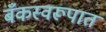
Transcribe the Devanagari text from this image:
बँकस्वरूपात